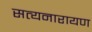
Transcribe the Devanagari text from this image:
सत्‍यनारायण